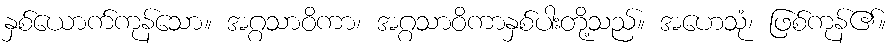
နှစ်ယောက်ကုန်သော။ အဂ္ဂသာဝိကာ၊ အဂ္ဂသာဝိကာနှစ်ပါးတို့သည်။ အဟေသုံ၊ ဖြစ်ကုန်၏။